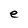
Character: e